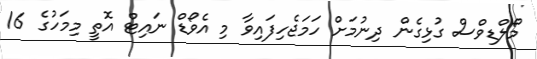
މޯލްޑިވްސް ގުޅިގެން ދިނުމަށް ހަމަޖެހިފައިވާ މި އެވޯޑް ނައިޓް އޮތީ މިމަހުގެ 16